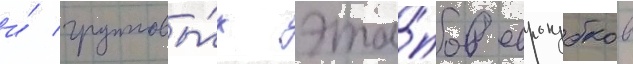
и́ групповы́х эта́пов еврокубков